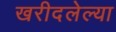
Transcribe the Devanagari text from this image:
खरीदलेल्या